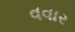
વવાર